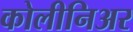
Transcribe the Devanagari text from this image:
कोलीनिअर